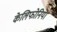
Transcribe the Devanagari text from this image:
केलिफोनिया